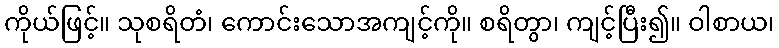
ကိုယ်ဖြင့်။ သုစရိတံ၊ ကောင်းသောအကျင့်ကို။ စရိတွာ၊ ကျင့်ပြီး၍။ ဝါစာယ၊